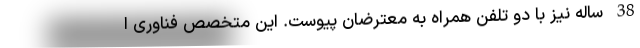
38 ساله نیز با دو تلفن همراه به معترضان پیوست. این متخصص فناوری ا